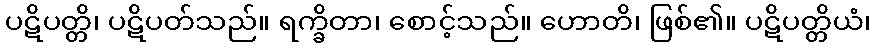
ပဋိပတ္တိ၊ ပဋိပတ်သည်။ ရက္ခိတာ၊ စောင့်သည်။ ဟောတိ၊ ဖြစ်၏။ ပဋိပတ္တိယံ၊